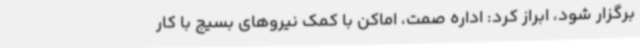
برگزار شود، ابراز کرد: اداره صمت، اماکن با کمک نیروهای بسیج با کار